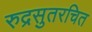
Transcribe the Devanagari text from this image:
रुद्रसुतरचित